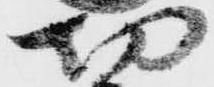
切